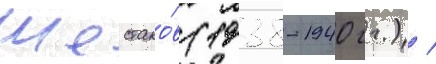
Шестако́в (1938-1940 гг.) /